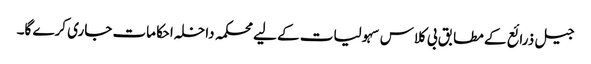
جیل ذرائع کے مطابق بی کلاس سہولیات کے لیے محکمہ داخلہ احکامات جاری کرے گا۔